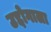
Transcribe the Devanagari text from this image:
उद्दोगाला